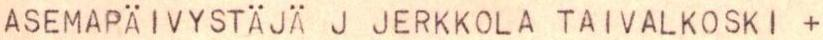
ASEMAPÄIVYSTÄJÄ J JERKKOLA TAIVALKOSKI +